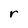
Character: r